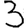
Digit: 3